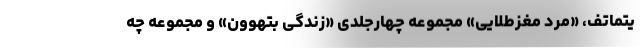
یتماتف، «مرد مغزطلایی» مجموعه چهارجلدی «زندگی بتهوون» و مجموعه چه